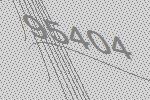
95404